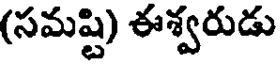
(సమష్టి) ఈశ్వరుడు